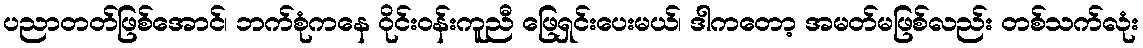
ပညာတတ်ဖြစ်အောင်၊ ဘက်စုံကနေ ဝိုင်းဝန်းကူညီ ဖြေရှင်းပေးမယ်၊ ဒါကတော့ အမတ်မဖြစ်လည်း တစ်သက်လုံး